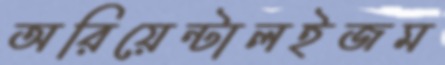
অরিয়েন্টালইজম